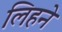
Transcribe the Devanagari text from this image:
लिहने